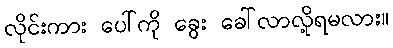
လိုင်းကား ပေါ်ကို ခွေး ခေါ်လာလို့ရမလား။